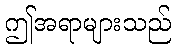
ဤအရာများသည်